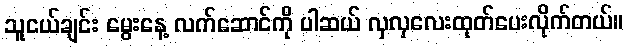
သူငယ်ချင်း မွေးနေ့ လက်ဆောင်ကို ပါဆယ် လှလှလေးထုတ်ပေးလိုက်တယ်။